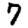
Digit: 7